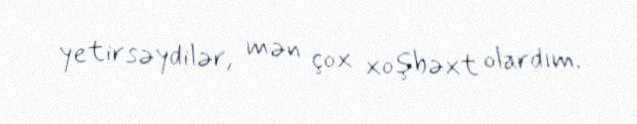
yetirsəydilər, mən çox xoşbəxt olardım.